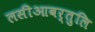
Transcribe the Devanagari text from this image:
लसीआवर्तुलि